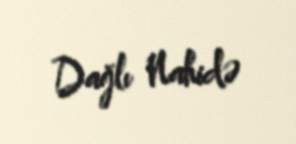
Dağlı Nahidə